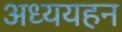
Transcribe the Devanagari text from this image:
अध्ययहन